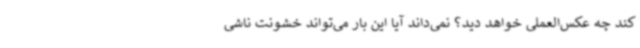
کند چه عکس‌العملی خواهد دید؟ نمی‌داند آیا این بار می‌تواند خشونت ناشی